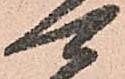
可